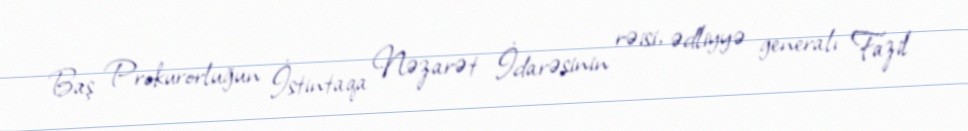
Baş Prokurorluğun İstintaqa Nəzarət İdarəsinin rəisi, ədliyyə generalı Fazil